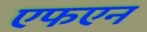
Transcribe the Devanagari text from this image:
एफएन